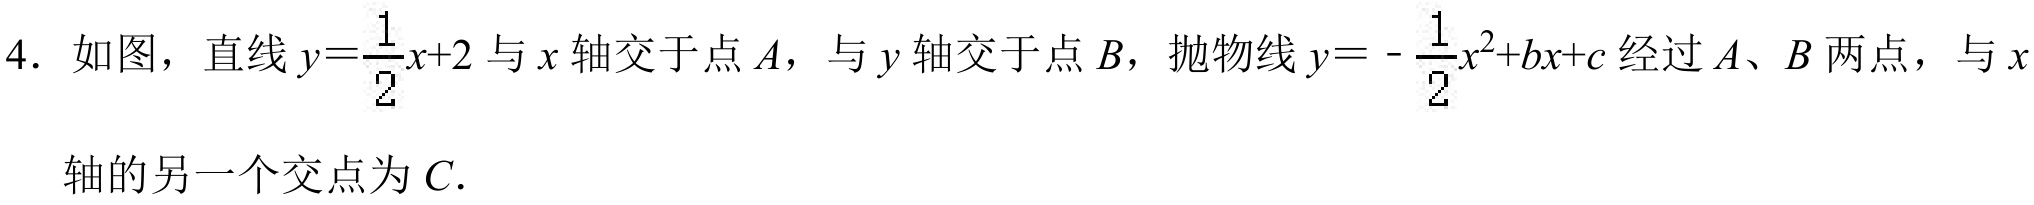
4. 如图，直线$y = \frac{1}{2}x + 2$与$x$轴交于点$A$，与$y$轴交于点$B$，抛物线$y=-\frac{1}{2}x^{2}+bx + c$经过$A$、$B$两点，与$x$轴的另一个交点为$C$.